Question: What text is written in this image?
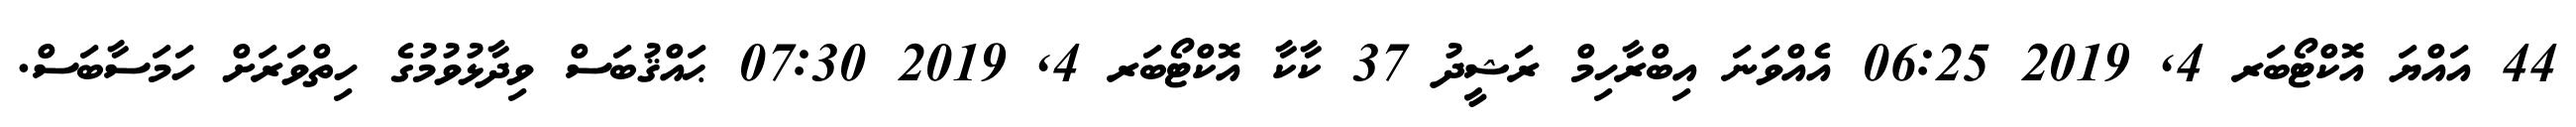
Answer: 44 އައްޔަ އޮކްޓޯބަރ 4, 2019 06:25 އެއްވަނަ އިބްރާހިމް ރަޝީދު 37 ކާކާ އޮކްޓޯބަރ 4, 2019 07:30 ޙައްޤުބަސް ވިދާޅުވުމުގެ ހިތްވަރަށް ހަމަސާބަސް.